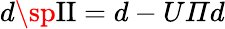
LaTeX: d\sp{\textnormal{II}}=d-U\varPi d